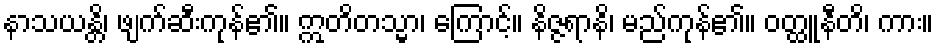
နာသယန္တိ၊ ဖျက်ဆီးကုန်၏။ ဣတိတသ္မာ၊ ကြောင့်။ နိဇ္ဇရာနိ၊ မည်ကုန်၏။ ဝတ္ထူနီတိ၊ ကား။